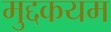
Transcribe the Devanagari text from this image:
मुद्दकयम